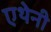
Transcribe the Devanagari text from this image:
एथेनी